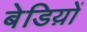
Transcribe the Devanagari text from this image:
बेडिय़ों